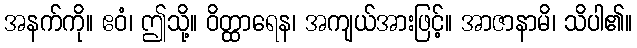
အနက်ကို။ ဧဝံ၊ ဤသို့။ ဝိတ္ထာရေန၊ အကျယ်အားဖြင့်။ အာဇာနာမိ၊ သိပါ၏။